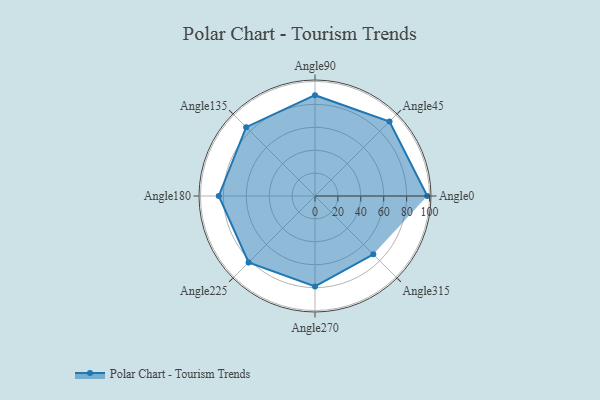
{"axis": {"x": "Angle", "y": "Radius"}, "legend": [""], "data": [{"x": "Angle0", "y": 98.0, "type": ""}, {"x": "Angle45", "y": 92.0, "type": ""}, {"x": "Angle90", "y": 88.0, "type": ""}, {"x": "Angle135", "y": 85.0, "type": ""}, {"x": "Angle180", "y": 84.0, "type": ""}, {"x": "Angle225", "y": 82.0, "type": ""}, {"x": "Angle270", "y": 79.0, "type": ""}, {"x": "Angle315", "y": 72.0, "type": ""}]}